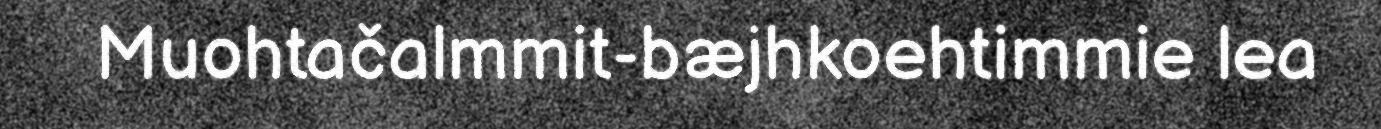
Muohtačalmmit-bæjhkoehtimmie lea